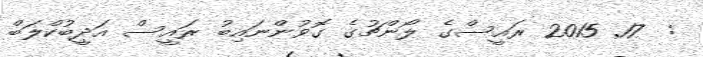
:  17